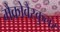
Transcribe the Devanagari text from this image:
मैक्रोवैस्कुलर